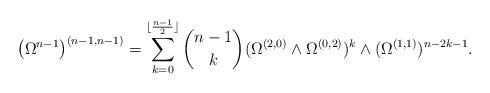
LaTeX: \begin{align*}\left(\Omega^{n-1} \right)^{(n-1, n-1)} = \sum_{k=0}^{\lfloor \frac{n-1}{2} \rfloor} \binom{n-1}{k} (\Omega^{(2, 0)} \wedge \Omega^{(0, 2)})^k \wedge (\Omega^{(1, 1)})^{n - 2k - 1}.\end{align*}